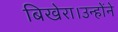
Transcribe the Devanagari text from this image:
बिखेरा।उन्होंने